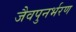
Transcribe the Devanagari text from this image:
जैवपुनर्भरण